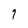
Character: 7